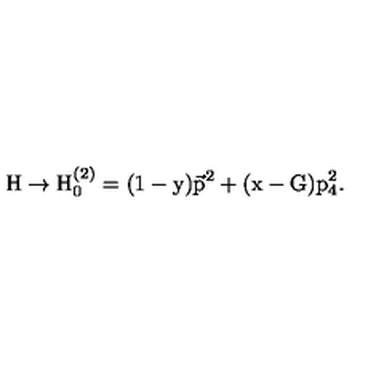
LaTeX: \mathrm { H \to H _ { 0 } ^ { ( 2 ) } = ( 1 - y ) \vec { p } ^ { 2 } + ( x - G ) p _ { 4 } ^ { 2 } . }